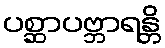
ပစ္ဆာပဗ္ဘာရန္တိ